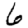
Digit: 6